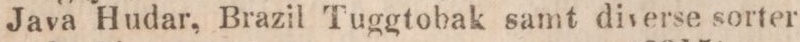
Java Hudar, Brazil Tuggtobak samt diverse sorter